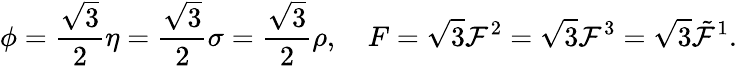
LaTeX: \phi={\frac{\sqrt{3}}{2}}\eta={\frac{\sqrt{3}}{2}}\sigma={\frac{\sqrt{3}}{2}}\rho,\ \ \ \ F=\sqrt{3}{\cal F}^{2}=\sqrt{3}{\cal F}^{3}=\sqrt{3}\tilde{\cal F}^{1}.